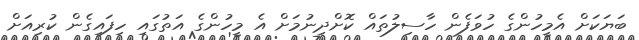
ބަޔަކަށް އެމީހުންގެ ހުވަފެން ހާސިލުތައް ކޮށްދިނުމަށް އެ މީހުންގެ އަތުގައި ހިފައިގެން ކުރިއަށް